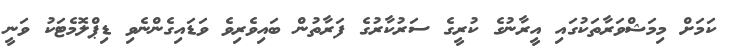
ކަމަށް މިމަޝްވަރާތަކުގައި އީރާނުގެ ކުރީގެ ސަރުކާރުގެ ފަރާތުން ބައިވެރިވެ ވަޑައިގެންނެވި ޑިޕްލޮމެޓަކު ވަނީ